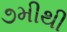
૭મીથી